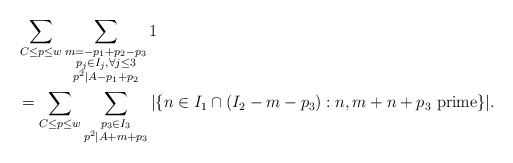
\begin{align*} & \sum_{C \leq p \leq w} \sum_{\substack{m = -p_1 + p_2 - p_3 \\ p_j \in I_j, \forall j \leq 3 \\ p^2 | A - p_1 + p_2}} 1 \\& = \sum_{C \leq p \leq w} \sum_{\substack{p_3 \in I_3 \\ p^2 | A + m + p_3}} |\{ n \in I_1 \cap (I_2 - m - p_3): n, m+n+p_3 \hbox{ prime}\}|.\end{align*}